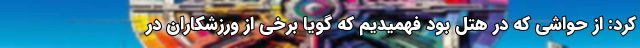
کرد: از حواشی که در هتل بود فهمیدیم که گویا برخی از ورزشکاران در